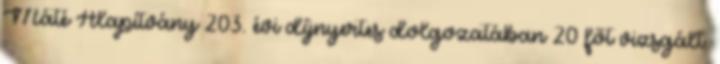
Máté Alapítvány 203. évi díjnyertes dolgozatában 20 főt vizsgált.